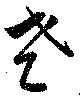
老